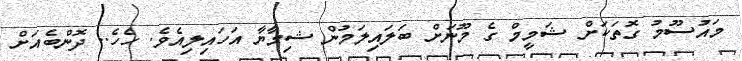
މައުސޫމު ގޮތަކަށް ޝަމީމް ގެ މޫނަށް ބަލައިލަމުން ޝިމާޔާ އަހައިލިއެވެ. ހެހެ.. ދޮންބެއަށް